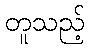
တူသည့်